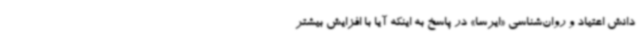
دانش اعتیاد و روان‌شناسی «ایرسا» در پاسخ به اینکه آیا با افزایش بیشتر